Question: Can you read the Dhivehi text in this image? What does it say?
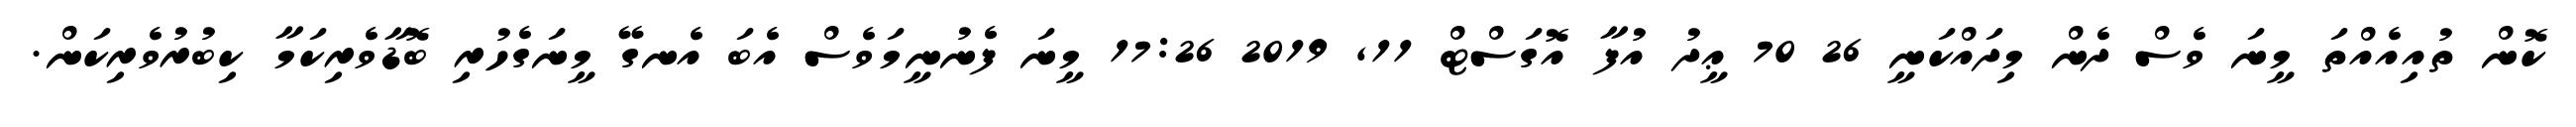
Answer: ކޮން ތުއިއެއްތަ މީނަ ވެސް ދެން މިދައްކަނީ 26 70 ޢީދު އުފާ އޮގަސްޓް 11, 2019 17:26 މީނަ ފެނުނީމަވެސް އެބަ އެނގޭ މީނަގެހުރި ބޮޑާވެރިކަމާ ކިބުރުވެރިކަން.